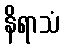
နိရာသံ